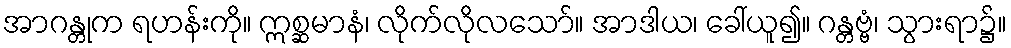
အာဂန္တုက ရဟန်းကို။ ဣစ္ဆမာနံ၊ လိုက်လိုလသော်။ အာဒါယ၊ ခေါ်ယူ၍။ ဂန္တဗ္ဗံ၊ သွားရာ၌။